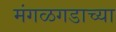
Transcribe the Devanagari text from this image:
मंगळगडाच्या